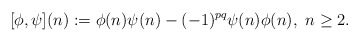
\begin{align*}[\phi,\psi](n) := \phi(n)\psi(n) - (-1)^{pq}\psi(n)\phi(n),\ n\geq2.\end{align*}